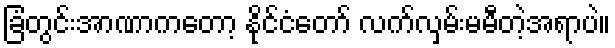
ခြံတွင်းအာဏာကတော့ နိုင်ငံတော် လက်လှမ်းမမီတဲ့အရာပဲ။